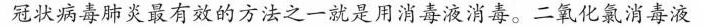
冠状病毒肺炎最有效的方法之一就是用消毒液消毒。二氧化氯消毒液